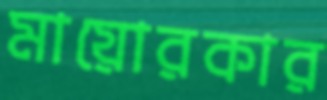
মায়োরকার